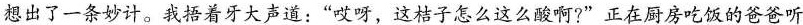
想出了一条妙计。我捂着牙大声道：”哎呀，这桔子怎么这么酸啊?”正在厨房吃饭的爸爸听